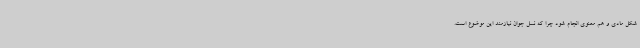
شکل مادی و هم معنوی انجام شود چرا که نسل جوان نیازمند این موضوع است.